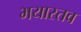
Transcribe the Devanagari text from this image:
भयास्तव